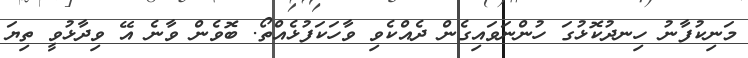
މަނިކުފާނު ހިނދުކޮޅުގަ ހުންނަވައިގެން ދެއްކެވި ވާހަކަފުޅެއްތޯ. ބޮވެން ވާނެ އޭ ވިދާޅުވީ ތިޔަ